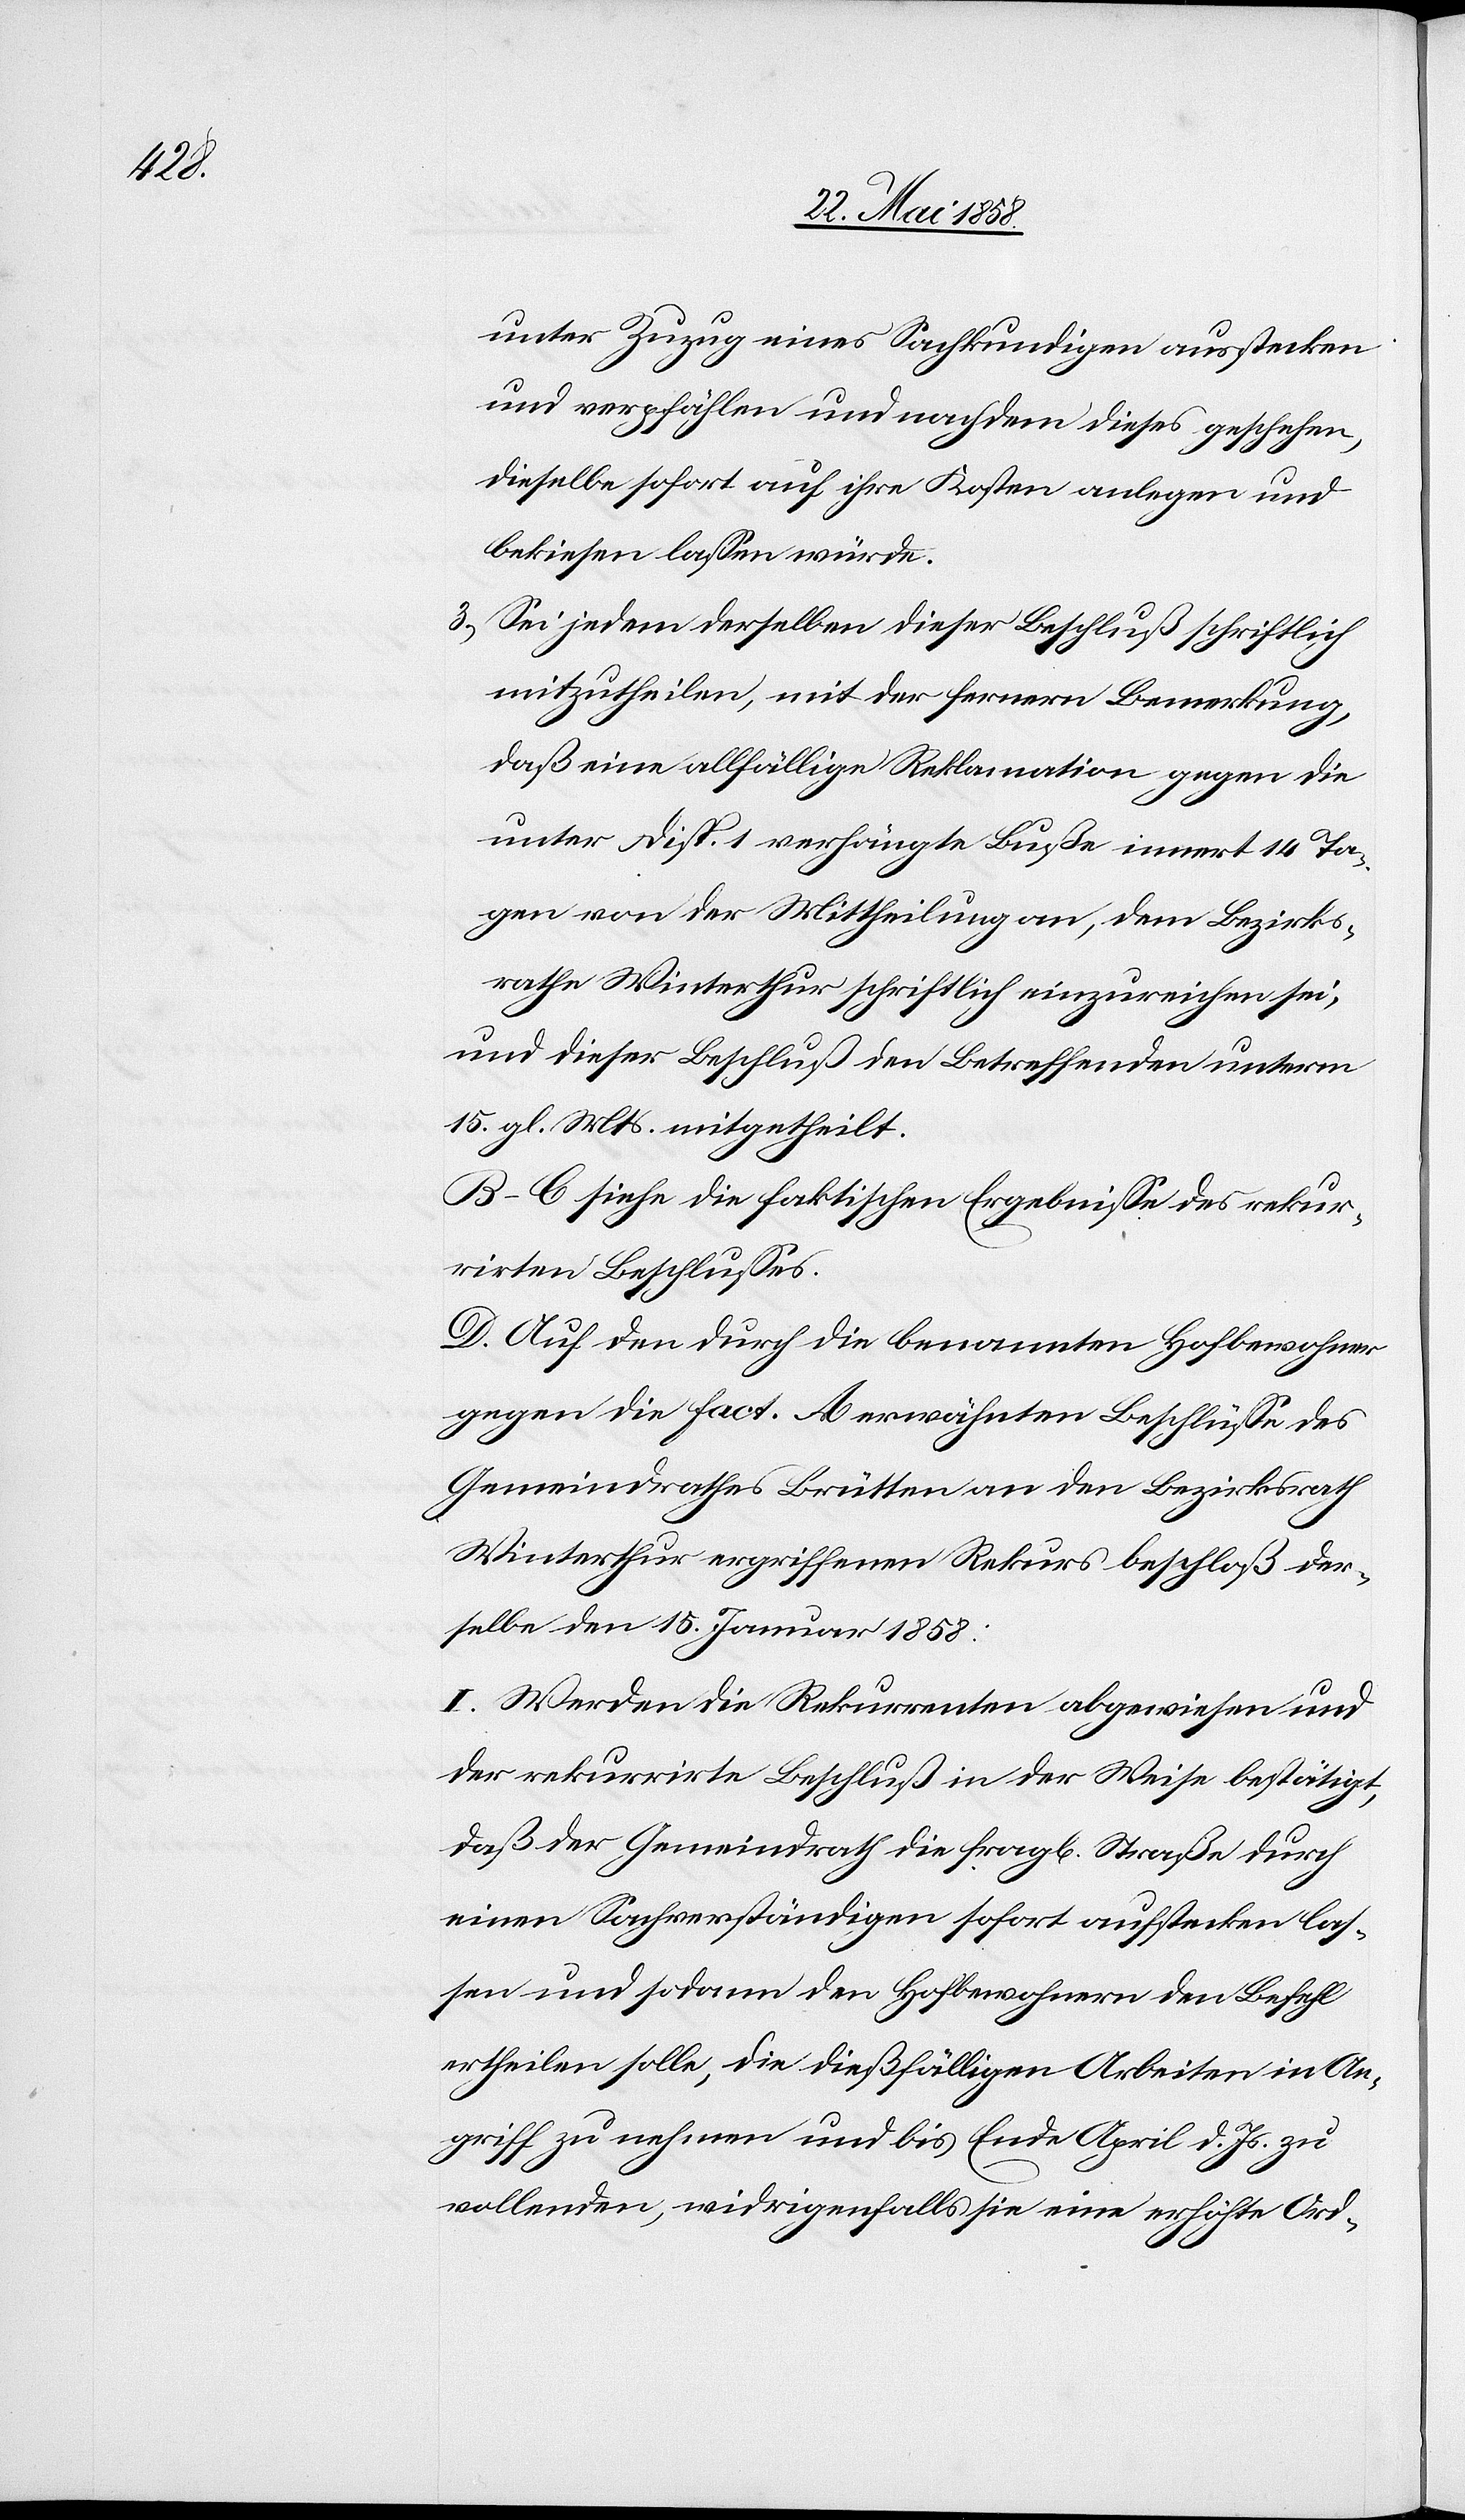
unter Zuzug eines Sachkundigen ausstecken
und verpfählen und nachdem dieses geschehen,
dieselbe sofort auf ihre Kosten anlegen und
bekiesen lassen würde.
Sei jedem derselben dieser Beschluß schriftlich
mitzutheilen, mit der fernern Bemerkung,
daß eine allfällige Reklamation gegen die
unter Disp. 1 verhängte Buße innert 14 Ta¬
gen von der Mittheilung an, dem Bezirks¬
rathe Winterthur schriftlich einzureichen sei,
und dieser Beschluß den Betreffenden unterm
15. gl. Mts. mitgetheilt.
B–C siehe die faktischen Ergebnisse des rekur¬
rirten Beschlusses.
D. Auf den durch die benannten Hofbewohner
gegen die fact. A erwähnten Beschlüsse des
Gemeindrathes Brüten an den Bezirksrath
Winterthur ergriffene Rekurs beschloß der¬
selbe den 15. Januar 1858:
I. Werden die Rekurrenten abgewiesen und
der rekurrirte Beschluß in der Weise bestätigt,
daß der Gemeindrath die frag[liche] Straße durch
einen Sachverständigen sofort ausstecken las¬
sen und sodann den Hofbewohnern den Befehl
ertheilen solle, die dießfälligen Arbeiten in An¬
griff zu nehmen und bis Ende April d. Js. zu
vollenden, widrigenfalls sie eine erhöhte Ord-